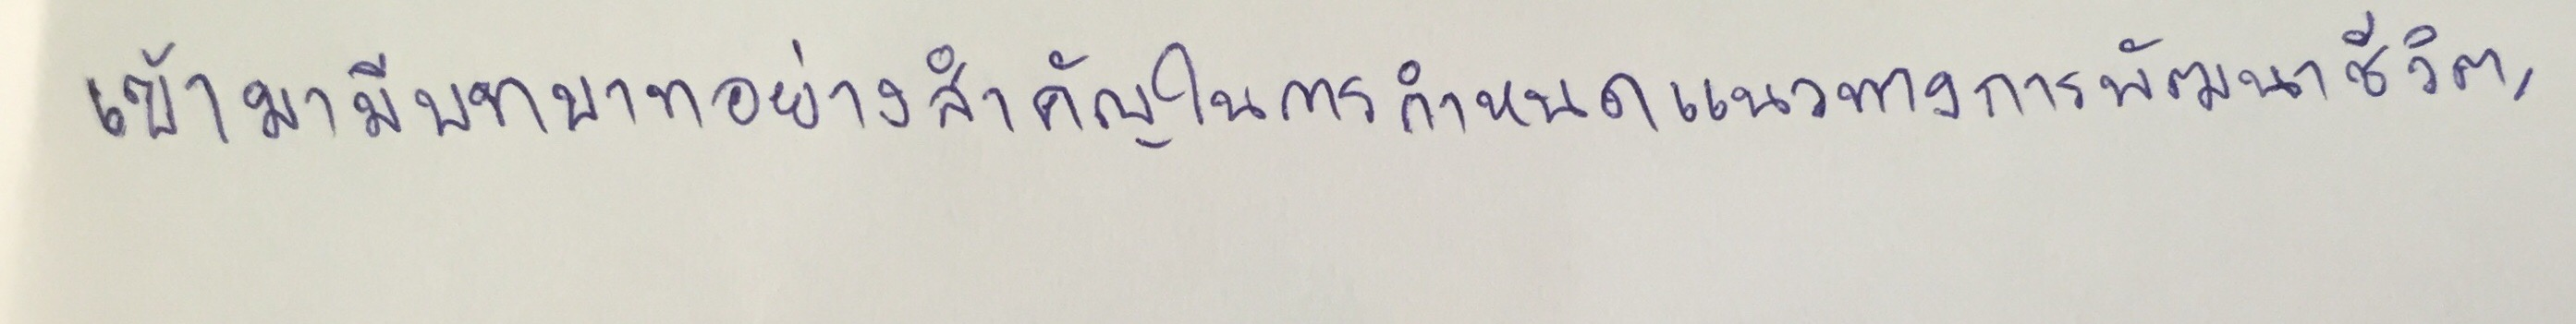
เข้ามามีบทบาทอย่างสำคัญในการกำหนดแนวทางการพัฒนาชีวิต,